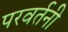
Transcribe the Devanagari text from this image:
परवर्तनी